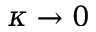
\kappa \to 0